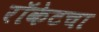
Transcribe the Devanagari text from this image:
रॉकेटचा